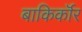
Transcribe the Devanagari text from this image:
बाकिर्कॉर